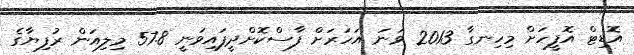
އޮޑިޓް އޮފީހަށް މިހިނގާ 2013 ވަނަ އަހަރަށް ފާސްކޮށްދީފައިވަނީ 57.8 މިލިއަން ރުފިޔާގެ